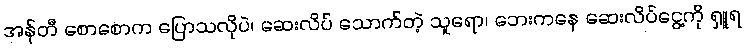
အန်တီ စောစောက ပြောသလိုပဲ၊ ဆေးလိပ် သောက်တဲ့ သူရော၊ ဘေးကနေ ဆေးလိပ်ငွေ့ကို ရှူရ